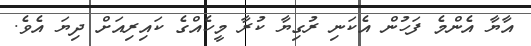
އާޔާ އެންމެ ފަހުން އެކަނި ރުގިޔާ ކުރާ މީހެއްގެ ކައިރިއަށް ދިޔަ އެވެ.